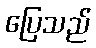
ပြေသည်